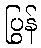
ပြွန်